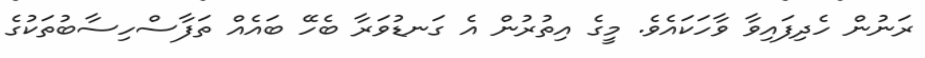
ރަނުން ހެދިފައިވާ ވާހަކައެވެ. މީގެ އިތުރުން އެ ގަނޑުވަރާ ބެހޭ ބައެއް ތަފާސްހިސާބުތަކުގެ